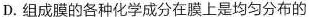
D.组成膜的各种化学成分在膜上是均匀分布的